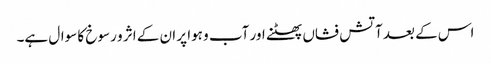
اس کے بعد آتش فشاں پھٹنے اور آب و ہوا پر ان کے اثر و رسوخ کا سوال ہے۔